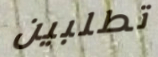
تطلبين